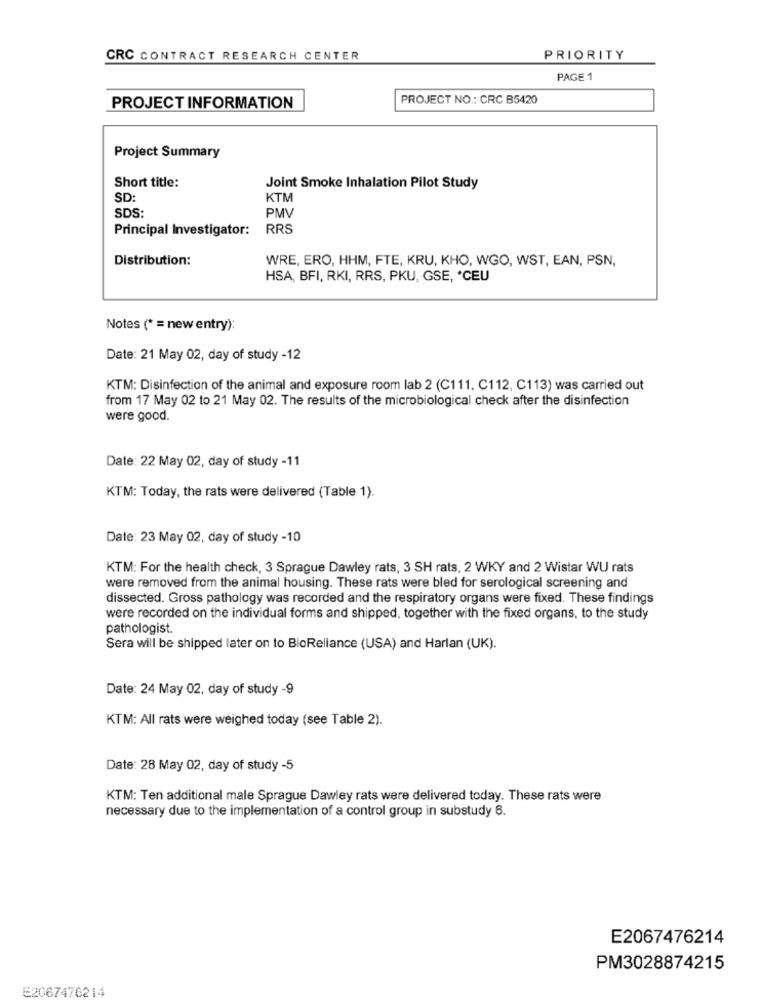
CRC CONTRACT RESEARCH CENTER
PRIORITY
PAGE 1
PROJECT NO .: CRC B5420
PROJECT INFORMATION
Project Summary
Short title:
Joint Smoke Inhalation Pilot Study
SD:
KTM
SDS:
PMV
Principal Investigator: RRS
Distribution:
WRE, ERO, HHM, FTE, KRU, KHO, WGO, WST, EAN, PSN,
HSA, BFI, RKI, RRS, PKU, GSE, * CEU
Notes (* = new entry):
Date: 21 May 02, day of study -12
KTM: Disinfection of the animal and exposure room lab 2 (C111. C112, C113) was carried out
from 17 May 02 to 21 May 02. The results of the microbiological check after the disinfection
were good.
Date: 22 May 02, day of study -11
KTM: Today, the rats were delivered (Table 1).
Date: 23 May 02, day of study -10
KTM: For the health check, 3 Sprague Dawley rats, 3 SH rats, 2 WKY and 2 Wistar WU rats
were removed from the animal housing. These rats were bled for serological screening and
dissected. Gross pathology was recorded and the respiratory organs were fixed. These findings
were recorded on the individual forms and shipped, together with the fixed organs, to the study
pathologist.
Sera will be shipped later on to BioReliance (USA) and Harlan (UK).
Date: 24 May 02, day of study -9
KTM: All rats were weighed today (see Table 2).
Date: 28 May 02, day of study -5
KTM: Ten additional male Sprague Dawley rats were delivered today. These rats were
necessary due to the implementation of a control group in substudy 6.
E2067476214
PM3028874215
E2067476214